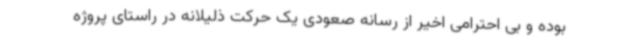
بوده و بی احترامی اخیر از رسانه صعودی یک حرکت ذلیلانه در راستای پروژه